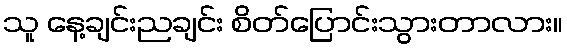
သူ နေ့ချင်းညချင်း စိတ်ပြောင်းသွားတာလား။